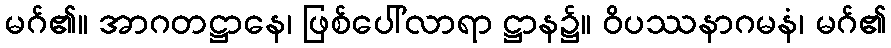
မဂ်၏။ အာဂတဋ္ဌာနေ၊ ဖြစ်ပေါ်လာရာ ဋ္ဌာန၌။ ဝိပဿနာဂမနံ၊ မဂ်၏